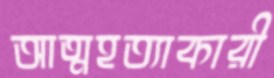
আত্মহত্যাকারী